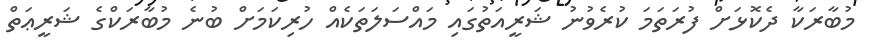
މުބާރަކާ ދެކޮޅަށް ފުރަތަމަ ކުރެވުނު ޝަރީއަތުގައި މައްސަލަތަކެއް ހުރިކަމަށް ބުނެ މުބާރަކްގެ ޝަރީޢަތް